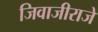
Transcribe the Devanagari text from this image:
जिवाजीराजे